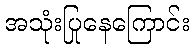
အသုံးပြုနေကြောင်း